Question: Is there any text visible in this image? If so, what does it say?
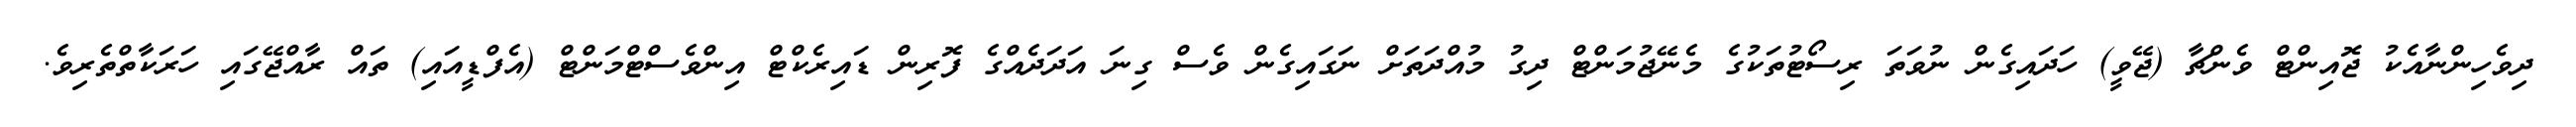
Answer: ދިވެހިންނާއެކު ޖޮއިންޓް ވެންޗާ (ޖޭވީ) ހަދައިގެން ނުވަތަ ރިސޯޓުތަކުގެ މެނޭޖުމަންޓް ދިގު މުއްދަތަށް ނަގައިގެން ވެސް ގިނަ އަދަދެއްގެ ފޮރިން ޑައިރެކްޓް އިންވެސްޓްމަންޓް (އެފްޑީއައި) ތައް ރާއްޖޭގައި ހަރަކާތްތެރިވެ.